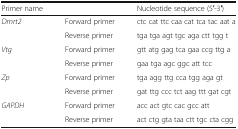
<table><thead><tr><td><b>Primer name</b></td><td></td><td><b>Nucleotide sequence (5′-3′)</b></td></tr></thead><tbody><tr><td><i>Dmrt2</i></td><td>Forward primer</td><td>ctc cat ttc caa cat tca tac aat a</td></tr><tr><td></td><td>Reverse primer</td><td>tga tga agt tgc aga ctt tgg t</td></tr><tr><td><i>Vtg</i></td><td>Forward primer</td><td>gtt atg gag tca gaa ccg ttg a</td></tr><tr><td></td><td>Reverse primer</td><td>gaa tga agc ggc att tcc</td></tr><tr><td><i>Zp</i></td><td>Forward primer</td><td>tga agg ttg cca tgg aga gt</td></tr><tr><td></td><td>Reverse primer</td><td>gat ttg ccc tct aag ttt gat cgt</td></tr><tr><td><i>GAPDH</i></td><td>Forward primer</td><td>acc act gtc cac gcc att</td></tr><tr><td></td><td>Reverse primer</td><td>act ctg gta taa ctt tgc cta cgg</td></tr></tbody></table>